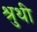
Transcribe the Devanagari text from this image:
श्रुथी